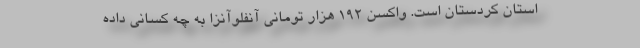
استان کردستان است. واکسن ۱۹۲ هزار تومانی آنفلوآنزا به چه کسانی داده